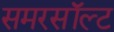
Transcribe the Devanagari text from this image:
समरसॉल्ट